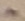
Text: -